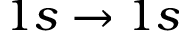
1 s \to 1 s